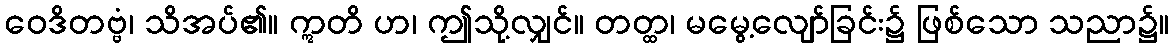
ဝေဒိတဗ္ဗံ၊ သိအပ်၏။ ဣတိ ဟ၊ ဤသို့လျှင်။ တတ္ထ၊ မမွေ့လျော်ခြင်း၌ ဖြစ်သော သညာ၌။